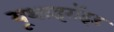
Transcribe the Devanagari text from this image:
यूथाइरॉइड